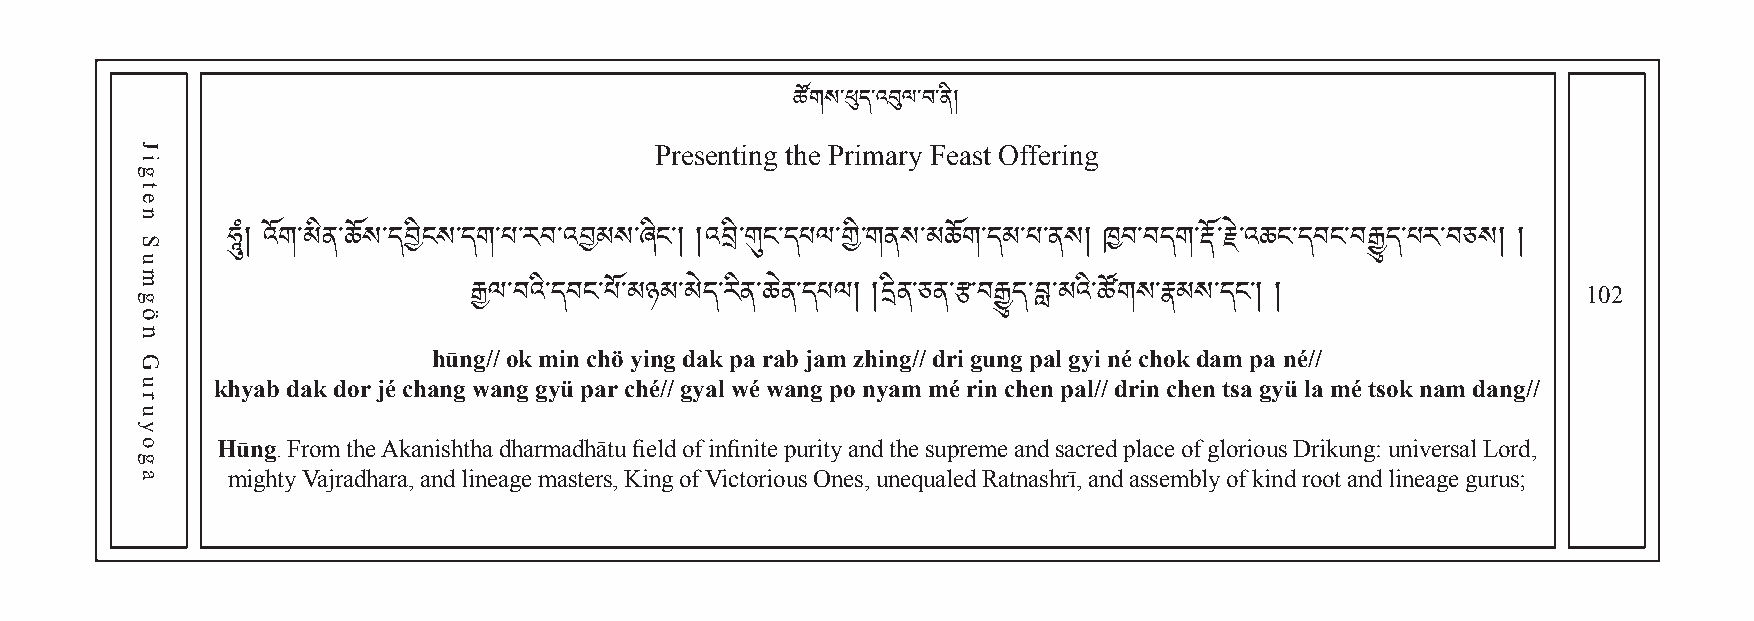
Presenting tཚheོག སP་ཕུriདm་འaབུrལy་བ F་ནeི།ast Offering
 102
 ཧཱུཾ། འོག་མིན་ཆོས་དབིངས་དག་པ་རབ་འབམས་ཞིང༌། །འབི་གུང་དཔལ་གི་གནས་མཆོག་དམ་པ་ནས། ཁབ་བདག་རོ་རེ་འཆང་དབང་བརྒྱུད་པར་བཅས། །
 hūnརྒྱg/ལ/ o་བkའ mི་དiབn ངc་hཔöོ་ མyiཉnམg ་dམaེདk་ རpིནa ་ཆraེནb་ དjaཔmལ །z h།iདnིནg/་ཅ/ dནr་རྩi g་བuརྒྱུngད ་pབླa་lམ gའyི་iཚ nོགé སch་རྣokམ སda་དmང p༌།a ། né//
 khyab dak dor jé chang wang gyü par ché// gyal wé wang po nyam mé rin chen pal// drin chen tsa gyü la mé tsok nam dang//
 Hūng. From the Akanishtha dharmadhātu field of infinite purity and the supreme and sacred place of glorious Drikung: universal Lord,
 mighty Vajradhara, and lineage masters, King of Victorious Ones, unequaled Ratnashrī, and assembly of kind root and lineage gurus;
 Jigten
 Sumgön
 Guruyoga